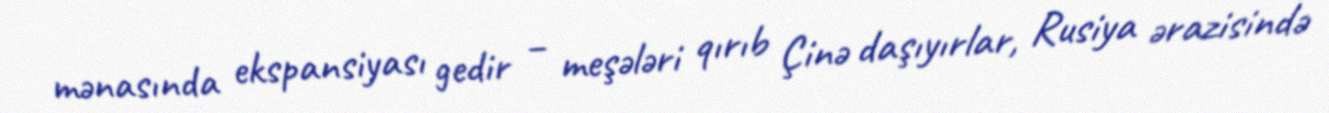
mənasında ekspansiyası gedir – meşələri qırıb Çinə daşıyırlar, Rusiya ərazisində